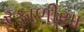
રફાળીયા